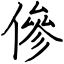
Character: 傪